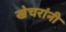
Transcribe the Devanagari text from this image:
खेचरांनी